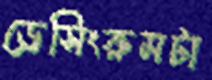
ড্রেসিংরুমটা